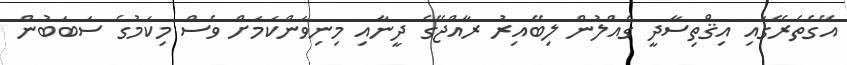
އޭގެތެރޭގައި އިޤްތިސާދީ ގެއްލުން ލިބޭއިރު ރާއްޖޭގެ ދީނާއި މިނިވަންކަމަށް ވެސް މިކަމުގެ ސަބަބުން